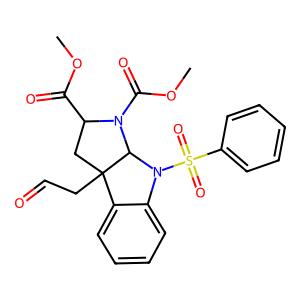
SMILES: COC(=O)C1CC2(CC=O)c3ccccc3N(S(=O)(=O)c3ccccc3)C2N1C(=O)OC
Inhibits HIV replication: No